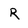
Character: R